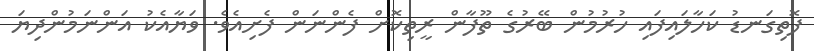
ފޮތިގަނޑު ކަހާލައިފައި ހުރުމުން ބޭރުގެ ތޫފާން ރީތިކޮށް ފެންނަން ފެށިއެވެ. ވަޔާއެކު އަންނަމުންދިޔަ